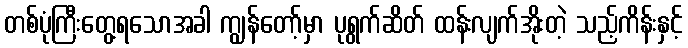
တစ်ပုံကြီးတွေ့ရသောအခါ ကျွန်တော့်မှာ ပုရွက်ဆိတ် ထန်းလျက်အိုးတဲ့ သည့်ကိန်းနှင့်